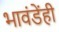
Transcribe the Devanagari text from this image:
भावंडेंही